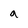
Character: a